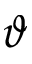
\vartheta